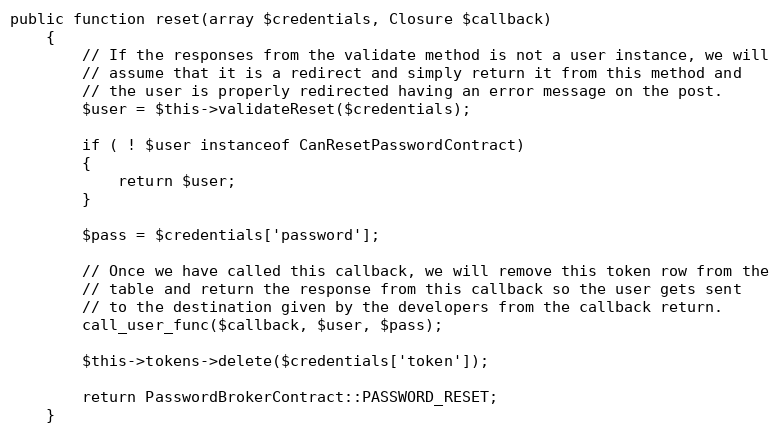
Language: PHP
public function reset(array $credentials, Closure $callback)
	{
		// If the responses from the validate method is not a user instance, we will
		// assume that it is a redirect and simply return it from this method and
		// the user is properly redirected having an error message on the post.
		$user = $this->validateReset($credentials);

		if ( ! $user instanceof CanResetPasswordContract)
		{
			return $user;
		}

		$pass = $credentials['password'];

		// Once we have called this callback, we will remove this token row from the
		// table and return the response from this callback so the user gets sent
		// to the destination given by the developers from the callback return.
		call_user_func($callback, $user, $pass);

		$this->tokens->delete($credentials['token']);

		return PasswordBrokerContract::PASSWORD_RESET;
	}